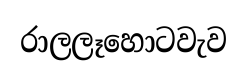
රාලලෑහොටවැව